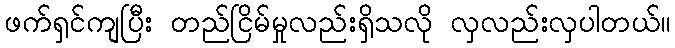
ဖက်ရှင်ကျပြီး တည်ငြိမ်မှုလည်းရှိသလို လှလည်းလှပါတယ်။